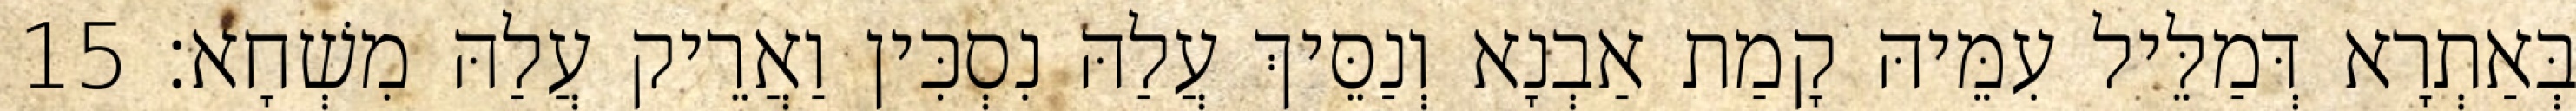
בְּאַתְרָא דְּמַלֵּיל עִמֵּיהּ קָמַת אַבְנָא וְנַסֵּיךְ עֲלַהּ נִסְכִּין וַאֲרֵיק עֲלַהּ מִשְׁחָא׃ 15